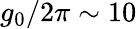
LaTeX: g_{0}/2\pi\sim 10